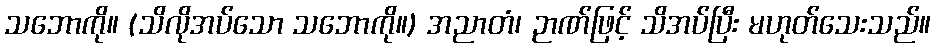
သဘောကို။ (သိလိုအပ်သော သဘောကို။) အညာတံ၊ ဉာဏ်ဖြင့် သိအပ်ပြီး မဟုတ်သေးသည်။